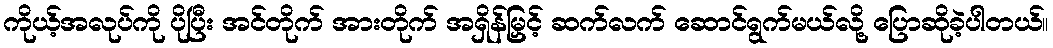
ကိုယ့်အလုပ်ကို ပိုပြီး အင်တိုက် အားတိုက် အရှိန်မြှင့် ဆက်လက် ဆောင်ရွက်မယ်လို့ ပြောဆိုခဲ့ပါတယ်။